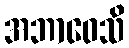
အဘာဝေသိ